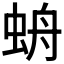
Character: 𧊓